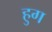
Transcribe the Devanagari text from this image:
हुग